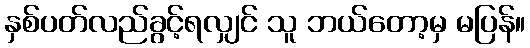
နှစ်ပတ်လည်ခွင့်ရလျှင် သူ ဘယ်တော့မှ မပြန်။